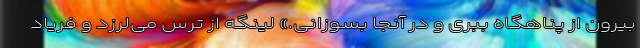
بیرون از پناهگاه ببری و در آنجا بسوزانی.» لینگه از ترس می‌لرزد و فریاد